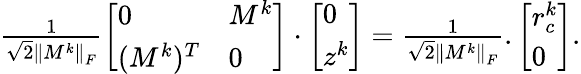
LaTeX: \begin{array}{r}{\frac{1}{\sqrt{2}\left\| M^{k}\right\| _{F}}\left[\begin{array}{ll}{0}&{M^{k}}\\ {(M^{k})^{T}}&{0}\end{array}\right]\cdot\left[\begin{array}{l}{0}\\ {z^{k}}\end{array}\right]=\frac{1}{\sqrt{2}\left\| M^{k}\right\| _{F}}.}\end{array}\left[\begin{array}{l}{r_{c}^{k}}\\ {0}\end{array}\right].